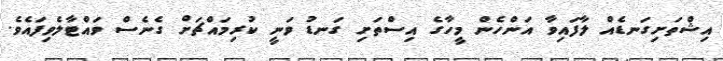
އިޝްތަށިގަނޑެއް ލާފައިވާ އަންހެން މީހާގެ އިސްތަށި ގަނޑު ވަނީ ކުރިމައްޗަށް ގެނެސް ވައްޓާލެވިފައެވެ.